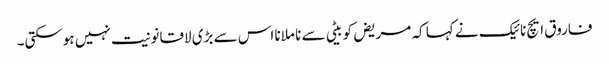
فاروق ایچ نائیک نے کہا کہ مریض کو بیٹی سے نا ملانا اس سے بڑی لاقانونیت نہیں ہوسکتی۔